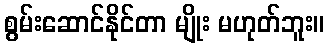
စွမ်းဆောင်နိုင်တာ မျိုး မဟုတ်ဘူး။